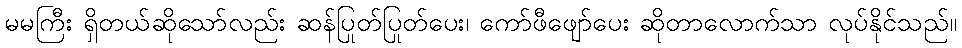
မမကြီး ရှိတယ်ဆိုသော်လည်း ဆန်ပြုတ်ပြုတ်ပေး၊ ကော်ဖီဖျော်ပေး ဆိုတာလောက်သာ လုပ်နိုင်သည်။